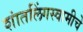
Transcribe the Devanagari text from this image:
शांतलिंगस्वामीचे